Protection of India from yellow fever
Disease focus: Fever
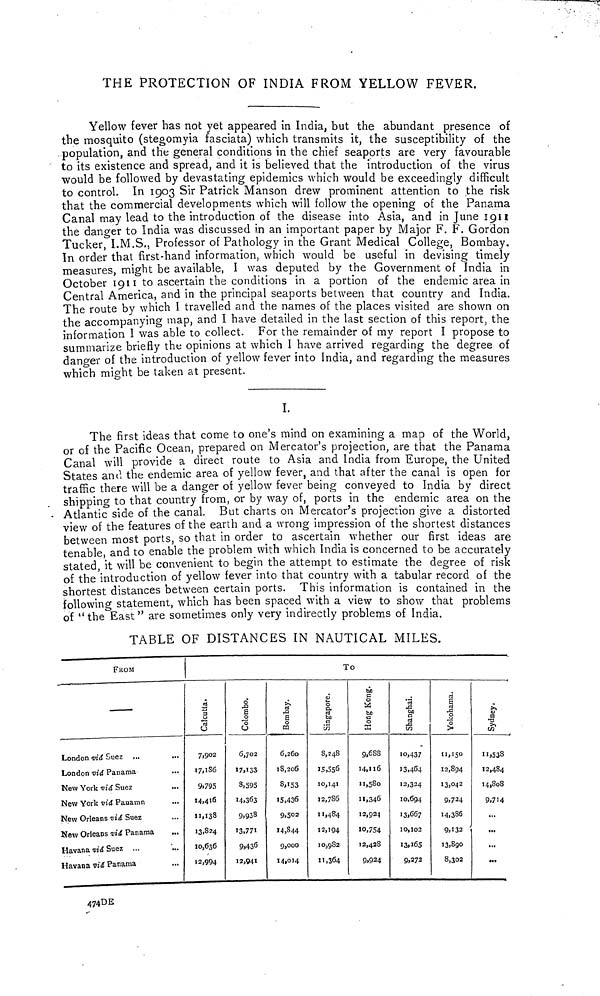
THE PROTECTION OF INDIA FROM YELLOW FEVER.
Yellow fever has not yet appeared in India, but the abundant presence of
the mosquito (stegomyia fasciata) which transmits it, the susceptibility of the
population, and the general conditions in the chief seaports are very favourable
to its existence and spread, and it is believed that the introduction of the virus
would be followed by devastating epidemics which would be exceedingly difficult
to control. In 1903 Sir Patrick Manson drew prominent attention to the risk
that the commercial developments which will follow the opening of the Panama
Canal may lead to the introduction of the disease into Asia, and in June 1911
the danger to India was discussed in an important paper by Major F. F. Gordon
Tucker, I.M.S., Professor of Pathology in the Grant Medical College, Bombay.
In order that first-hand information, which would be useful in devising timely
measures, might be available, I was deputed by the Government of India in
October 1911 to ascertain the conditions in a portion of the endemic area in
Central America, and in the principal seaports between that country and India.
The route by which I travelled and the names of the places visited are shown on
the accompanying map, and I have detailed in the last section of this report, the
information I was able to collect. For the remainder of my report I propose to
summarize briefly the opinions at which I have arrived regarding the degree of
danger of the introduction of yellow fever into India, and regarding the measures
which might be taken at present.
I.
The first ideas that come to one's mind on examining a map of the World,
or of the Pacific Ocean, prepared on Mercator's projection, are that the Panama
Canal will provide a direct route to Asia and India from Europe, the United
States and, the endemic area of yellow fever, and that after the canal is open for
traffic there will be a danger of yellow fever being conveyed to India by direct
shipping to that country from, or by way of, ports in the endemic area on the
Atlantic side of the canal. But charts on Mercator's projection give a distorted
view of the features of the earth and a wrong impression of the shortest distances
between most ports, so that in order to ascertain whether our first ideas are
tenable and to enable the problem with which India is concerned to be accurately
stated, it will be convenient to begin the attempt to estimate the degree of risk
of the introduction of yellow fever into that country with a tabular record of the
shortest distances between certain ports. This information is contained in the
following statement, which has been spaced with a view to show that problems
of " the East " are sometimes only very indirectly problems of India.
TABLE OF DISTANCES IN NAUTICAL MILES.
FROM
London vid Suez ...
London viá Panama
New York viá Suez
New York viá Panamn
New Orleans viá Suez
New Orleans viá Panama
Havana viá Suez ...
Havana viá Panama
474DE
T 0
Calcutta
7,902
17,186
9.795
14,416
11,138
13,824
10,636
12,994
6,702
17)133
8,595
14,363
9.938
13,771
9j436
12,941
Bombay.
6,260
18,206
8,153
15,436
9,502
14,844
9,000
14,014
Singapore.
8,248
15,556
10,141
12,786
11,484
12,194
IOj9S2
11,364
Hong Kong.
9,6SS
14,116
11,580
11,346
12,924
10,754
12,428
9,924
10,437
13,464
12,324
10,694
13,667
10,1022
13,165
9,272
Yokohama.
11,150
12,894
13,042
9,724
14,386
9,132 '
13,890
8,302
Sydney.
11,538
12,484
14,808
9,714
...
...
...
...